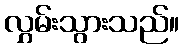
လွှမ်းသွားသည်။